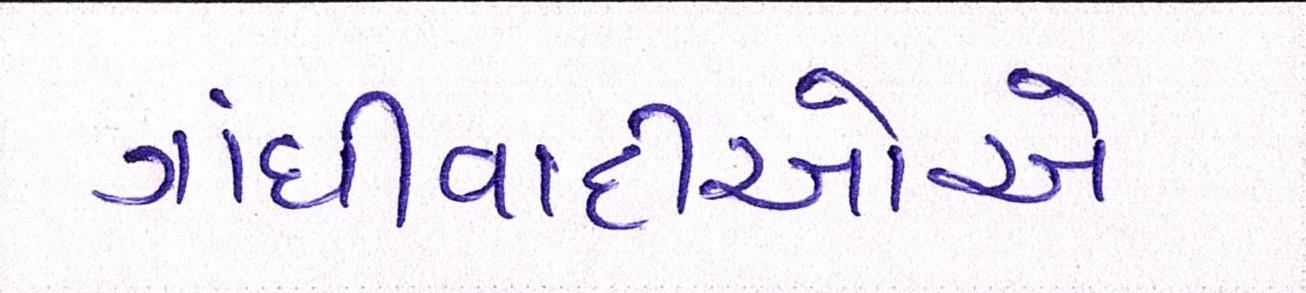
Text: ગાંધીવાદીઓએ